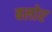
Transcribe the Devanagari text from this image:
बलोर